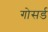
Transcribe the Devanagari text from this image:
गोसर्ड